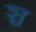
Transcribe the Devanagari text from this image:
ञ्च